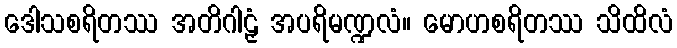
ဒေါသစရိတဿ အတိဂါဠှံ အပရိမဏ္ဍလံ။ မောဟစရိတဿ သိထိလံ